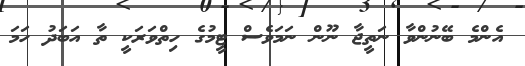
އެންމެ ބޭނުންވާ ނަތީޖާ ނޫން ނަމަވެސް ޓީމުގެ ހިތްވަރަކީ ތާ އަބަދު ހަމަ